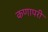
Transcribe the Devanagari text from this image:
कणापरी